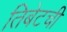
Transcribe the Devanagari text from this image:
तिबेटची